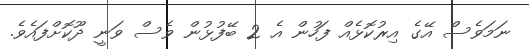
ނަމަވެސް އޭގެ އިރުކޮޅެއް ފަހުން އެ 2 ބޭފުޅުން ވެސް ވަނީ ދޫކޮށްފައެވެ.